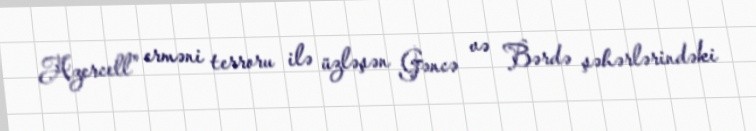
Azercell" erməni terroru ilə üzləşən Gəncə və Bərdə şəhərlərindəki